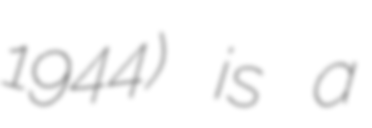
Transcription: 1944) is a